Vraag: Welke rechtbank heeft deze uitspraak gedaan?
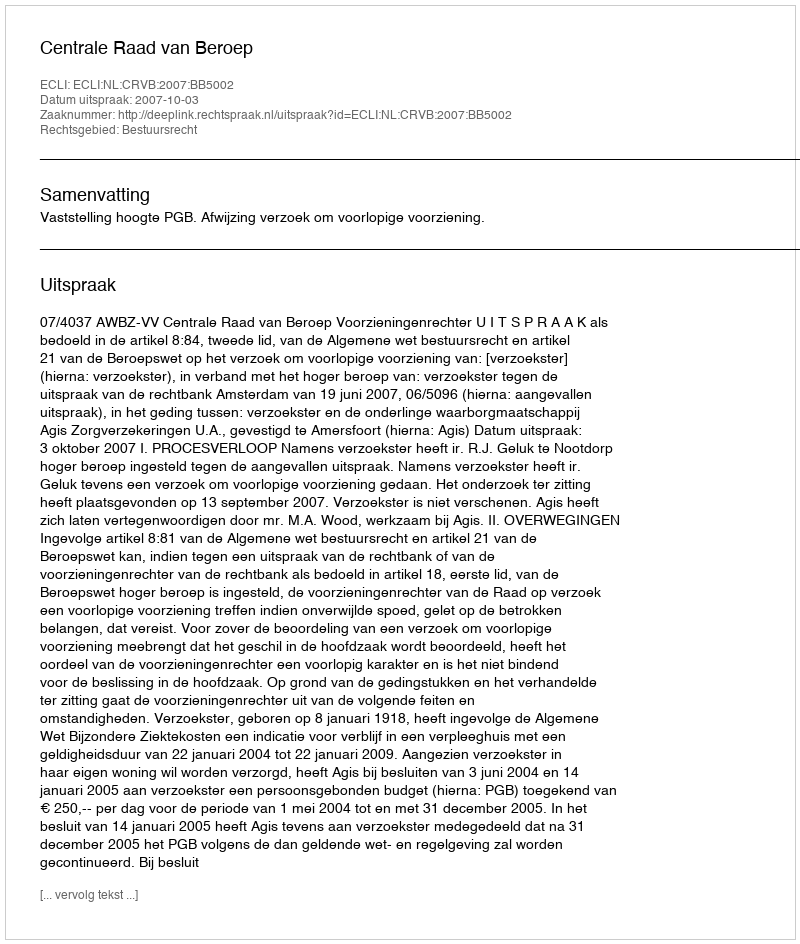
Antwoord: Centrale Raad van Beroep